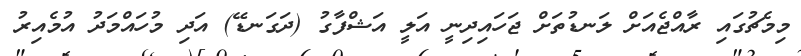
މިމެޗުގައި ރާއްޖެއަށް ލަނޑުތަށް ޖަހައިދިނީ އަލީ އަޝްފާގު (ދަގަނޑޭ) އަދި މުހައްމަދު އުމެއިރު